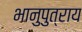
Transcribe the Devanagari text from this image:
भानुपुत्राय